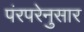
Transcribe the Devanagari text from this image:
पंरपरेनुसार